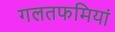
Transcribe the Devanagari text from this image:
गलतफमियां